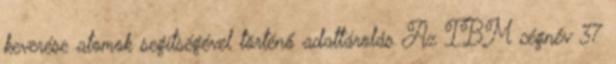
keverése atomok segítségével történő adattárolás Az IBM cégnév 37